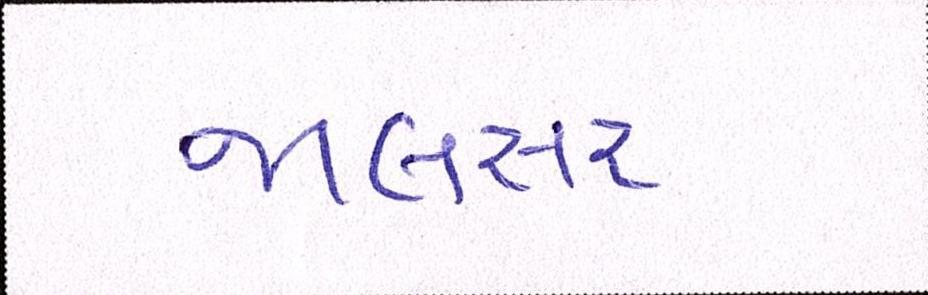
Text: જાલસર